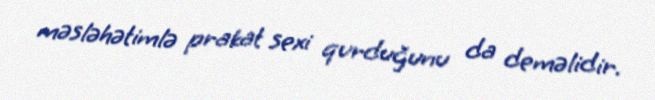
məsləhətimlə prakat sexi qurduğunu da deməlidir.